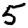
Digit: 5